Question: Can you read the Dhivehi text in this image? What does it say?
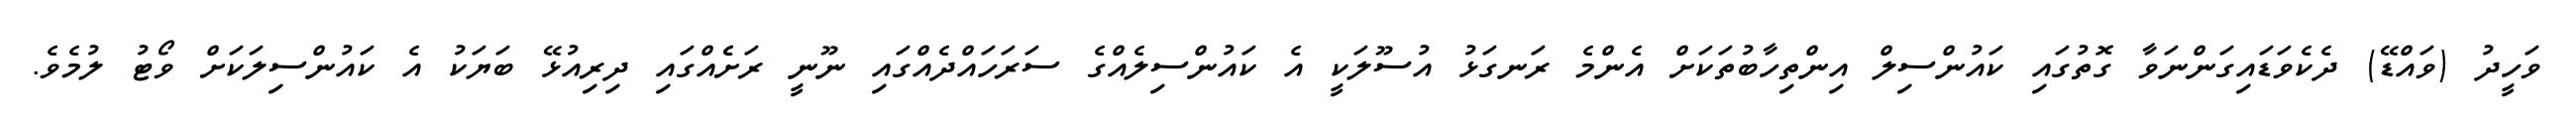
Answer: ވަހީދު (ވައްޑޭ) ދެކެވަޑައިގަންނަވާ ގޮތުގައި ކައުންސިލް އިންތިހާބުތަކަށް އެންމެ ރަނގަޅު އުސޫލަކީ އެ ކައުންސިލެއްގެ ސަރަހައްދެއްގައި ނޫނީ ރަށެެއްގައި ދިރިއުޅޭ ބަޔަކު އެ ކައުންސިލަކަށް ވޯޓު ލުމެވެ.